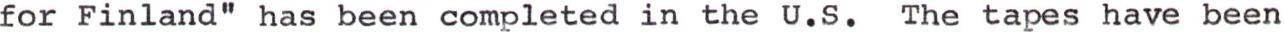
for Finland" has been completed in the U.S. The tapes have been